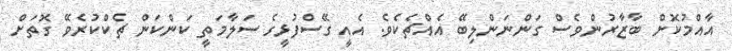
އާއްމުކޮށް ބާޒާރުންވެސް ގަންނަންލިބޭ އެއްޗެކެވެ. އެއީ ގޭސްފުޅީގެ ސަލާމަތީ ކަންކަން ޗެކްކުރެވޭ ގޮތަށް